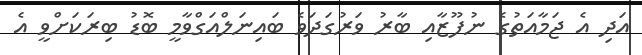
އަދި އެ ޖަމާއަތުގެ ނުފޫޒާއި ބާރު ވަރުގަދަވެ ބައިނަލްއަގްވާމީ ބޮޑު ބިރަކަށްވީ އެ